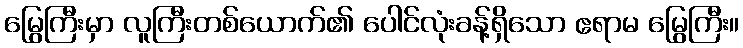
မြွေကြီးမှာ လူကြီးတစ်ယောက်၏ ပေါင်လုံးခန့်ရှိသော ဧရာမ မြွေကြီး။